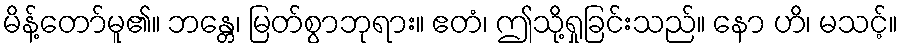
မိန့်တော်မူ၏။ ဘန္တေ၊ မြတ်စွာဘုရား။ ဧတံ၊ ဤသို့ရှုခြင်းသည်။ နော ဟိ၊ မသင့်။